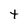
Character: t